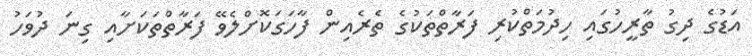
އަޑުގެ ދިގު ތާރީހުގައި ހިދުމަތްކުރި ފަރާތްތަކުގެ ތެރެއިން ފާހަގަކޮށްލެވޭ ފަރާތްތަކަށާއި ގިނަ ދުވަހު